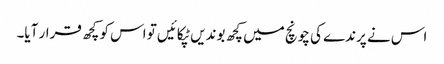
اس نے پرندے کی چونچ میں کچھ بوندیں ٹپکائیں تو اس کو کچھ قرار آیا۔